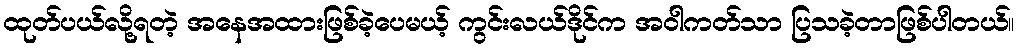
ထုတ်ပယ်လို့ရတဲ့ အနေအထားဖြစ်ခဲ့ပေမယ့် ကွင်းလယ်ဒိုင်က အဝါကတ်သာ ပြသခဲ့တာဖြစ်ပါတယ်။